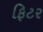
ફિટર